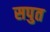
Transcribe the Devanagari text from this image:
सपुत